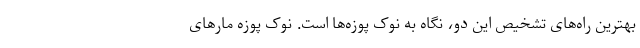
بهترین راه‌های تشخیص این دو، نگاه به نوک پوزه‌ها است. نوک پوزه مارهای